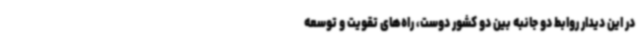
در این دیدار روابط دو جانبه بین دو کشور دوست، راه‌های تقویت و توسعه